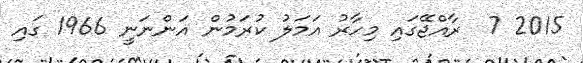
2015 7  ރާއްޖޭގައި މިހާރު އަމަލު ކުރަމުން އަންނަނީ 1966 ގައި